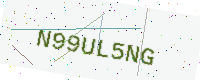
Text: N99UL5NG